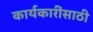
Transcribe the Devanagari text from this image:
कार्यकारींसाठी